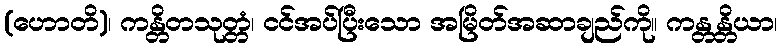
(ဟောတိ)၊ ကန္တိတသုတ္တံ၊ ငင်အပ်ပြီးသော အမြိတ်အဆာချည်ကို။ ကန္တန္တိယာ၊